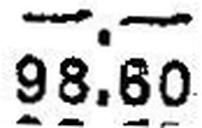
98.60